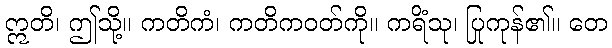
ဣတိ၊ ဤသို့။ ကတိကံ၊ ကတိကဝတ်ကို။ ကရိံသု၊ ပြုကုန်၏။ တေ